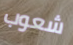
شعوب